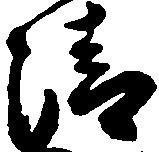
清